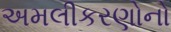
અમલીકરણોનો